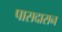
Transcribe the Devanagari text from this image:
पासदारान